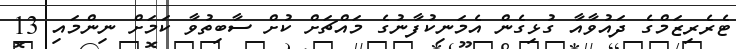
ޓެރެރިޒަމްގެ ދައުވާއާ ގުޅިގެން އެމަނިކުފާނުގެ މައްޗަށް ކުށް ސާބިތުވާ ކަމަށް ނިންމައި 13